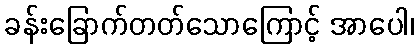
ခန်းခြောက်တတ်သောကြောင့် အာပေါ၊